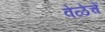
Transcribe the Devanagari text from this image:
वेळेचें